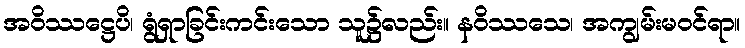
အဝိဿဋ္ဌေပိ၊ ရွံရှာခြင်းကင်းသော သူ၌လည်း။ နဝိဿသေ၊ အကျွမ်းမဝင်ရာ။